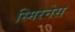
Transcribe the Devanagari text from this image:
स्मिरनेस